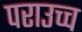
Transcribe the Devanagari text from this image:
पराउच्च